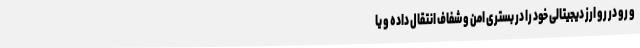
و رو در رو ارز دیجیتالی خود را در بستری امن و شفاف انتقال داده و یا